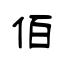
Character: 佰